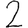
Digit: 2